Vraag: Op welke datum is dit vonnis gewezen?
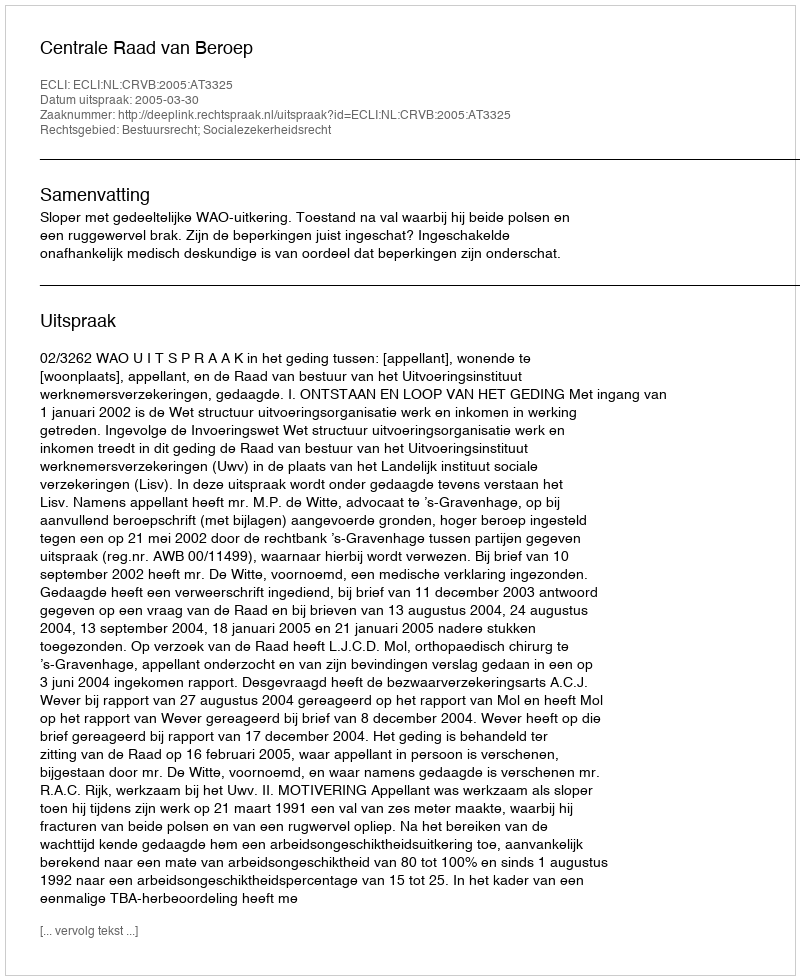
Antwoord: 2005-03-30